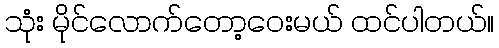
သုံး မိုင်လောက်တော့ဝေးမယ် ထင်ပါတယ်။